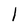
Character: l